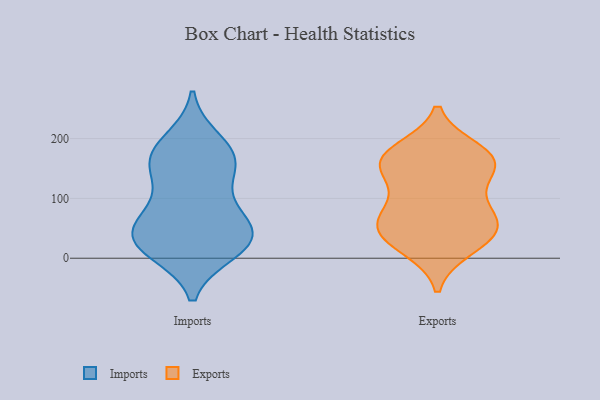
{"axis": {"x": "Budget (USD K)", "y": "Value"}, "legend": ["Exports", "Imports"], "data": [{"x": "", "y": 29, "type": "Imports"}, {"x": "", "y": 98, "type": "Imports"}, {"x": "", "y": 152, "type": "Imports"}, {"x": "", "y": 81, "type": "Imports"}, {"x": "", "y": 197, "type": "Imports"}, {"x": "", "y": 53, "type": "Imports"}, {"x": "", "y": 165, "type": "Imports"}, {"x": "", "y": 21, "type": "Imports"}, {"x": "", "y": 44, "type": "Imports"}, {"x": "", "y": 11, "type": "Imports"}, {"x": "", "y": 38, "type": "Imports"}, {"x": "", "y": 13, "type": "Imports"}, {"x": "", "y": 150, "type": "Imports"}, {"x": "", "y": 162, "type": "Imports"}, {"x": "", "y": 185, "type": "Imports"}, {"x": "", "y": 50, "type": "Imports"}, {"x": "", "y": 105, "type": "Exports"}, {"x": "", "y": 163, "type": "Exports"}, {"x": "", "y": 170, "type": "Exports"}, {"x": "", "y": 152, "type": "Exports"}, {"x": "", "y": 57, "type": "Exports"}, {"x": "", "y": 46, "type": "Exports"}, {"x": "", "y": 179, "type": "Exports"}, {"x": "", "y": 67, "type": "Exports"}, {"x": "", "y": 77, "type": "Exports"}, {"x": "", "y": 153, "type": "Exports"}, {"x": "", "y": 161, "type": "Exports"}, {"x": "", "y": 47, "type": "Exports"}, {"x": "", "y": 18, "type": "Exports"}, {"x": "", "y": 27, "type": "Exports"}]}